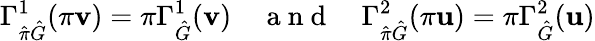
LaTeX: \Gamma_{\hat{\pi}\hat{G}}^{1}(\pi\mathbf{v})=\pi\Gamma_{\hat{G}}^{1}(\mathbf{v})\quad\mathrm{~a~n~d~}\quad\Gamma_{\hat{\pi}\hat{G}}^{2}(\pi\mathbf{u})=\pi\Gamma_{\hat{G}}^{2}(\mathbf{u})